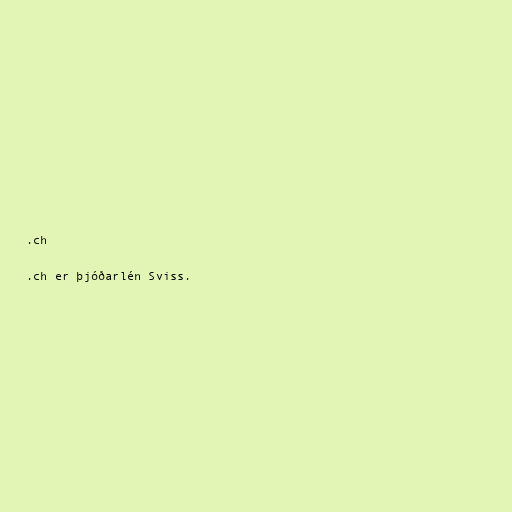
.ch

.ch er þjóðarlén Sviss.